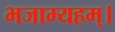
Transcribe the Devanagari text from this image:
भजाम्यहम्।